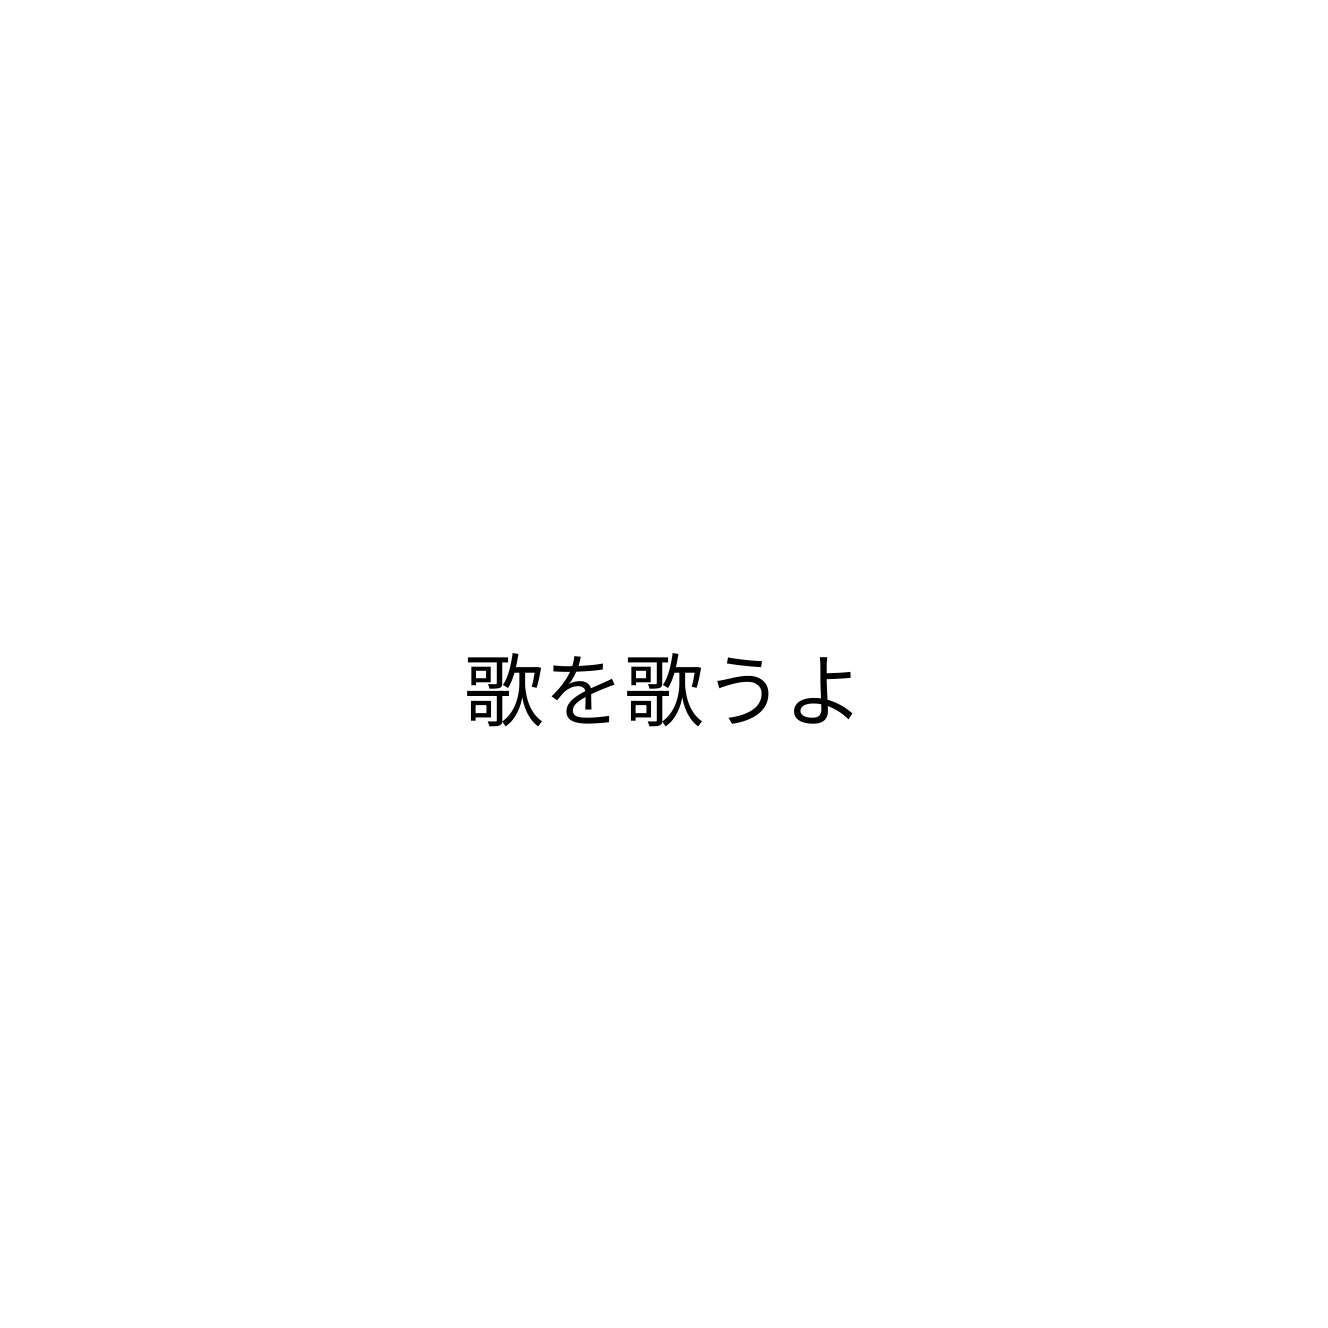
歌を歌うよ